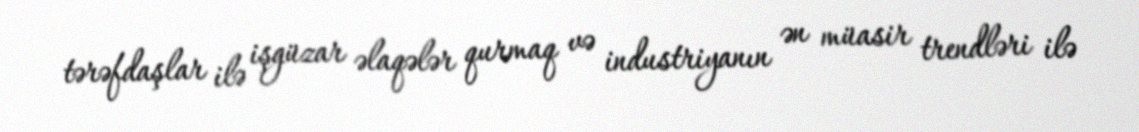
tərəfdaşlar ilə işgüzar əlaqələr qurmaq və industriyanın ən müasir trendləri ilə